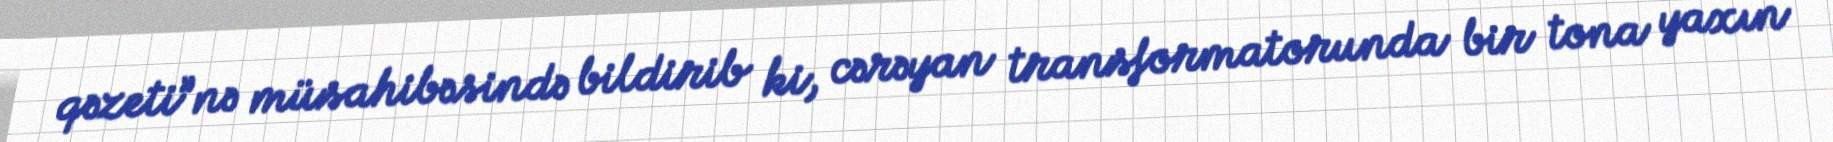
qəzeti”nə müsahibəsində bildirib ki, cərəyan transformatorunda bir tona yaxın